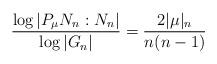
LaTeX: \begin{align*}\frac{\log|P_\mu N_n:N_n|}{\log|G_n|}=\frac{2|\mu|_n}{n(n-1)}\end{align*}